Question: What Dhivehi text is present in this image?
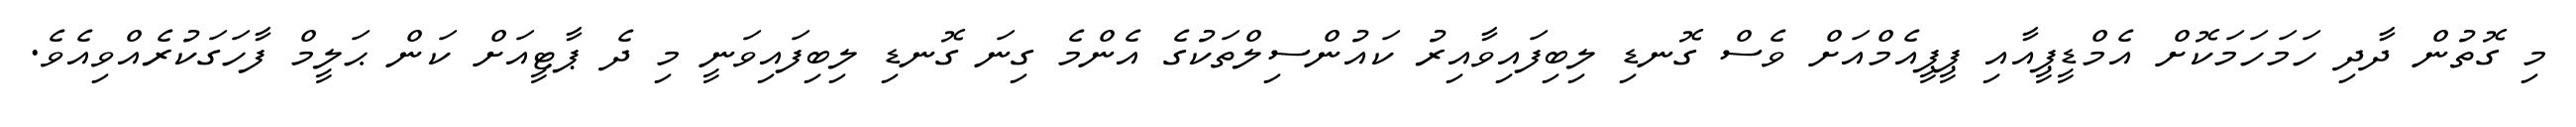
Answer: މި ގޮތުން ދާދި ހަމަހަމަކޮށް އެމްޑީޕީއާއި ޕީޕީއެމްއަށް ވެސް ގޮނޑި ލިބިފައިވާއިރު ކައުންސިލްތަކުގެ އެންމެ ގިނަ ގޮނޑި ލިބިފައިވަނީ މި ދެ ޕާޓީއަށް ކަން ޙަލީމް ފާހަގަކުރެއްވިއެވެ.